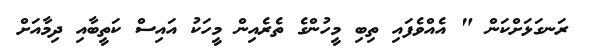
ރަނގަޅަށްކަން " އެއްވެފައި ތިބި މީހުންގެ ތެރެއިން މީހަކު އައިސް ކަތީބާއި ދިމާއަށް